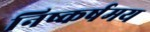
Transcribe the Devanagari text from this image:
निष्कर्षमय